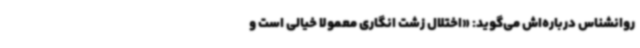
روانشناس درباره‌اش می‌گوید: «اختلال زشت انگاری معمولاً خیالی است و